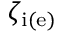
\zeta _ { \mathrm { i ( e ) } }